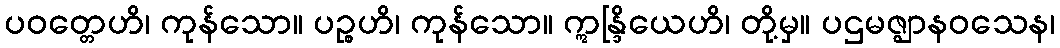
ပဝတ္တေဟိ၊ ကုန်သော။ ပဉ္စဟိ၊ ကုန်သော။ ဣန္ဒြိယေဟိ၊ တို့မှ။ ပဌမဇ္ဈာနဝသေန၊